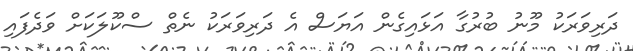
ދަރިވަރަކު މޫނު ބުރުގާ އަޅައިގެން އަޔަސް އެ ދަރިވަރަކު ނެތް ސްކޫލަކަށް ވަދެފައި